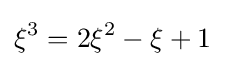
\xi ^{3}=2\xi ^{2}-\xi +1